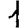
Digit: 1